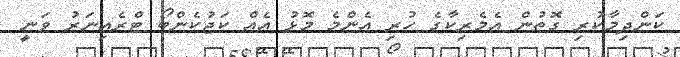
ކަންދިމާކުރި ގޮތުން އެމެރިކާގެ ހުރި އެންމެ މޮޅު އެއް ކަޖުކެންބޯ ޓްރެއިނަރު ވަނީ